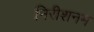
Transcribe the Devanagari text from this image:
निरीशनम